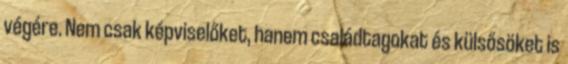
végére. Nem csak képviselőket, hanem családtagokat és külsősöket is